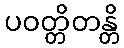
ပဝတ္တိတန္တိ